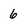
Character: 6